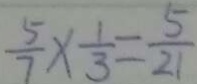
\frac { 5 } { 7 } \times \frac { 1 } { 3 } = \frac { 5 } { 2 1 }